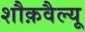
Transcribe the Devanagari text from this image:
शौक़वैल्यू